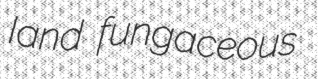
Iand fungaceous